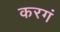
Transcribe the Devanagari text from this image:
करगं